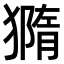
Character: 𤡪